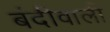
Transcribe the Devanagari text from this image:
बंदीवाली